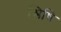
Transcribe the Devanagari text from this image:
श्लिषि